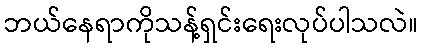
ဘယ်နေရာကိုသန့်ရှင်းရေးလုပ်ပါသလဲ။